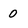
Character: 0